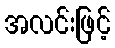
အလင်းဖြင့်